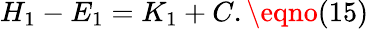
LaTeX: H_{1}-E_{1}=K_{1}+C.\eqno(15)